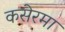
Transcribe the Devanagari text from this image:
कसेरमा